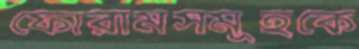
ফোরামসমূহকে